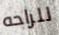
للراحه